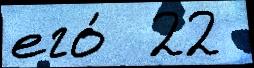
его́  22